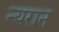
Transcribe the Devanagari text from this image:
न्यरान